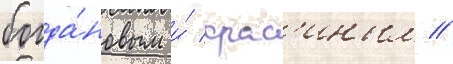
богда́новым и́ крас'иным //